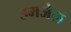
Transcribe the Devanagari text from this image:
उमजेल